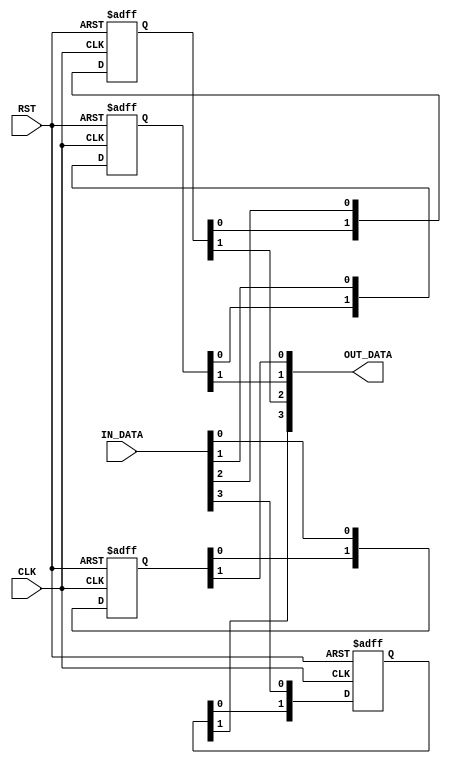
/* Double Flop Synchronizer with Multiple bit signal as an input */

module ASYNC_FIFO_DF_SYNC #(parameter INPUT_LENGTH = 4)(
  input wire [INPUT_LENGTH - 1 : 0] IN_DATA ,
  input wire                        CLK ,
  input wire                        RST ,
  output reg [INPUT_LENGTH - 1 : 0] OUT_DATA 
  );
  
integer i ;

reg [1:0] RegFile [INPUT_LENGTH - 1 : 0] ;

always @ (posedge CLK or negedge RST)
begin
  if(!RST)
    begin
      for (i = 0 ; i < INPUT_LENGTH ; i = i + 1)
      begin
        RegFile[i] <= 0 ;
      end
    end
  else
    begin
      for (i = 0 ; i < INPUT_LENGTH ; i = i + 1)
      begin
        RegFile[i] <= {RegFile[i][0],IN_DATA[i]};
      end
    end
end

always @ (*)
begin
  for ( i = 0 ; i < INPUT_LENGTH ; i = i + 1)
  begin
    OUT_DATA[i] = RegFile[i][1] ;
  end
end


endmodule